Vabadussoja_Ajaloo_Komitee, lk 55
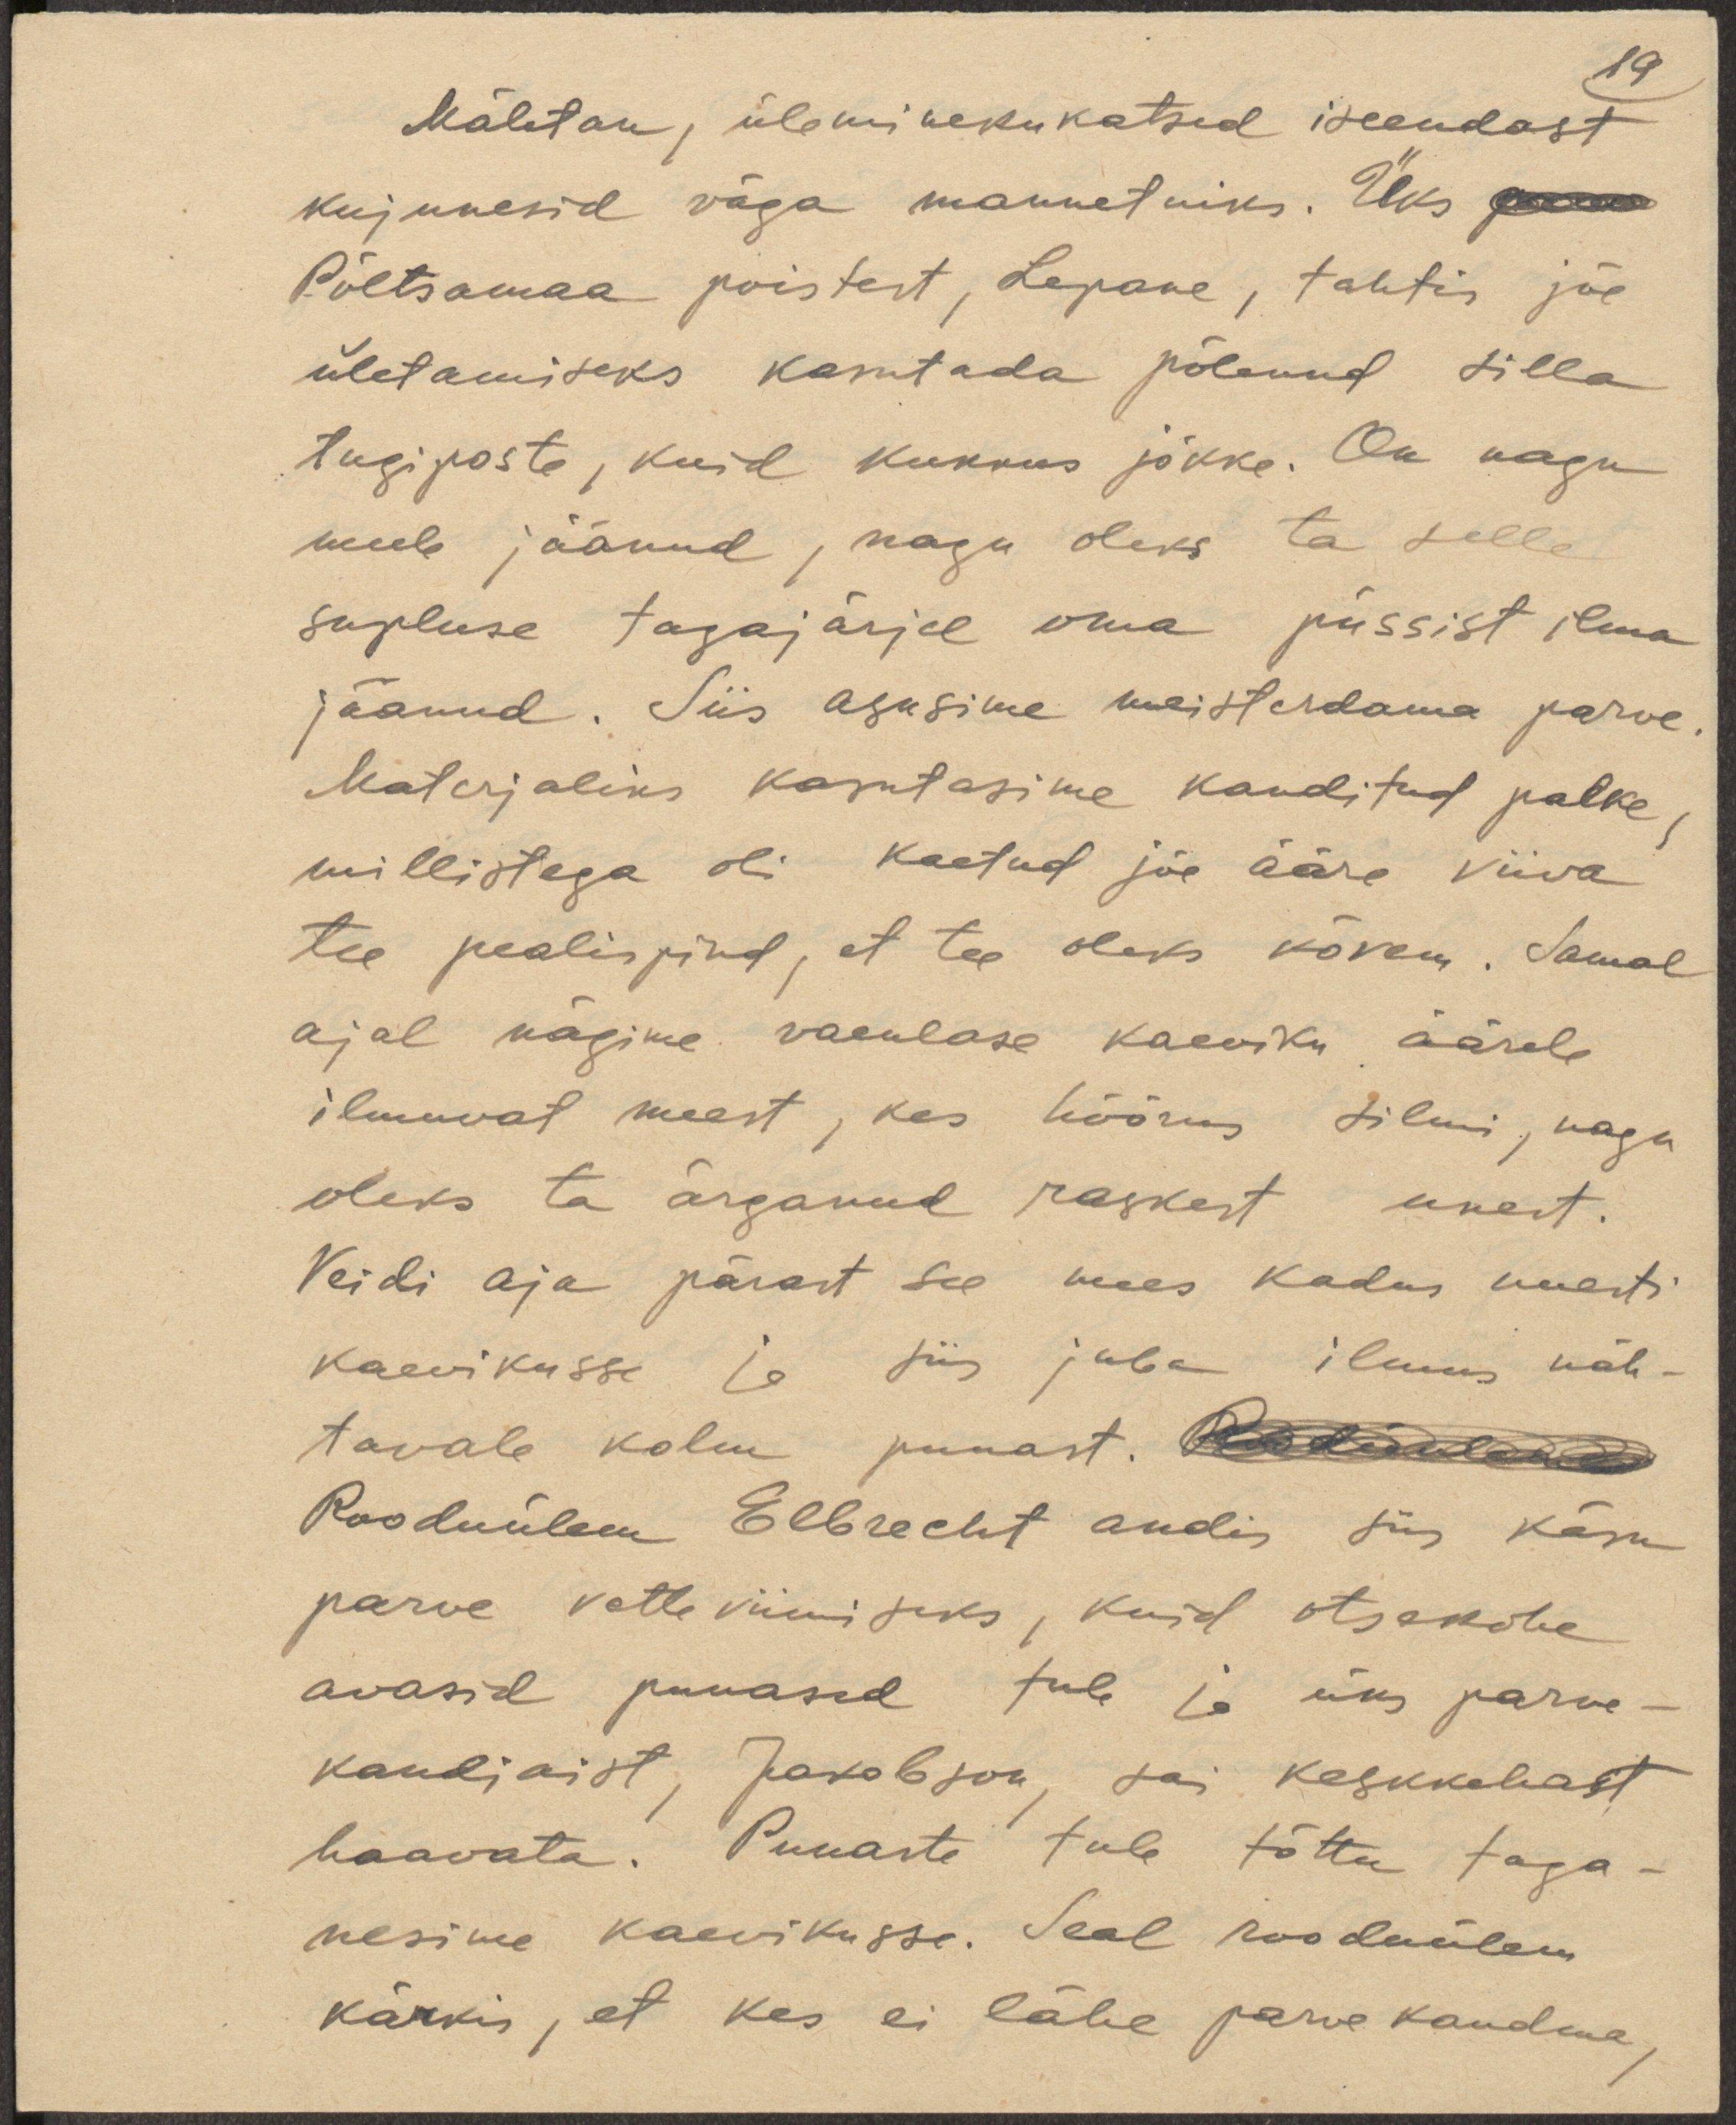
19
Mäletan, üleminekukatsed iseendast
kujunesid väga mannetuiks. Üks poiss
Põltsamaa poistest, Lepane, tahtis jõe
ületamiseks kasutada põlenud silla
tugiposte, kuid kukkus jõkke. On nagu
meele jäänud, nagu oleks ta selle
supluse tagajärjel oma püssist ilma
jäänud. Siis asusime meisterdama parve.
Materjaliks kasutasime kanditud palke,
millistega oli kaetud jõe ääre viiva
tee pealispind, et tee oleks kõvem. Samal
ajal nägime vaenlase kaeviku äärele
ilmuvat meest, kes hõõrus silmi, nagu
oleks ta ärganud raskest unest.
Veidi aja pärast see mees kadus uuesti
kaevikusse ja siis juba ilmus näh-
tavale kolm punast. Roodülema
Rooduülem Elbrecht andis siis käsu
parve vette viimiseks, kuid otsekohe
avasid punased tule ja üks parve-
kandjaist, Jakobson, sai keskkohast
haavata. Punaste tule tõttu taga-
nesime kaevikusse. Seal rooduülem
käskis, et kes ei lähe parve kandma,